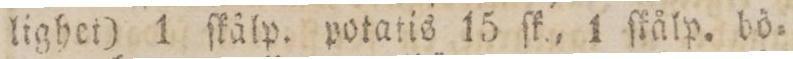
lighet) 1 ſkålp. potatis 15 ſk., 1 ſkålp. bö=